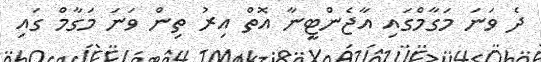
ދެ ވަނަ މަގާމްގައި އާޖެންޓީނާ އޮތް އިރު ތިން ވަނަ މަގާމް ގައި